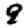
Digit: 9